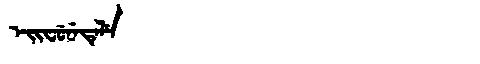
Manchu: ᡝᡳᠸᡠᠨᡝᡨᡝᠯᡝ
Romanization: EIFUNETELE